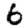
Digit: 6